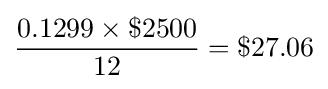
{\frac {0.1299\times \$2500}{12}}=\$27.06